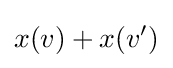
x(v)+x(v')